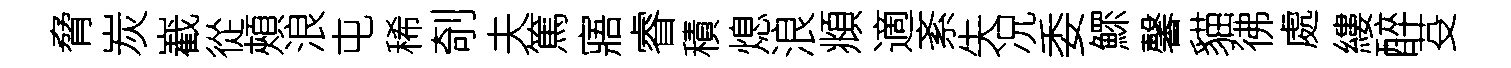
脅炭嶻從頰浪屯稀剞夫篤寤睿積熄浪頫適紊失况委鰥馨貓彿處縷醉芟